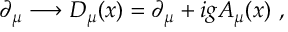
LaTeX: \partial _ { \mu } \longrightarrow D _ { \mu } ( x ) = \partial _ { \mu } + i g A _ { \mu } ( x ) \ ,